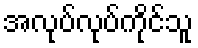
အလုပ်လုပ်ကိုင်သူ